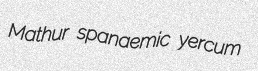
Mathur spanaemic yercum